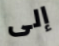
إلى